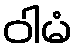
ဝါမံ